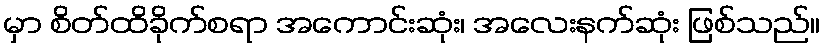
မှာ စိတ်ထိခိုက်စရာ အကောင်းဆုံး၊ အလေးနက်ဆုံး ဖြစ်သည်။